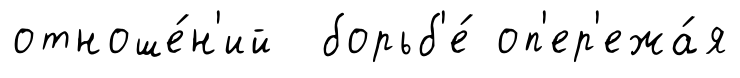
отноше́н'ий борьб'е́ оп'ер'ежа́я